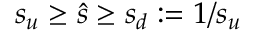
s _ { u } \ge \hat { s } \ge s _ { d } : = 1 / s _ { u }